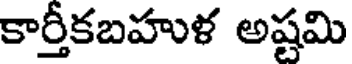
కార్తీకబహుళ అష్టమి